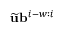
\widetilde { \mathbf { u } } \mathbf { b } ^ { i - w : i }